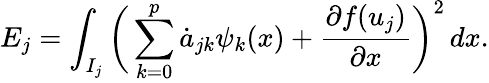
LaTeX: E_{j}=\int_{I_{j}}\bigg(\sum_{k=0}^{p}\dot{a}_{jk}\psi_{k}(x)+\frac{\partial f(u_{j})}{\partial x}\bigg)^{2}\mathop{dx}.